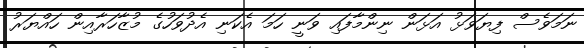
ނަމަވެސް ފިޔަވަޅު އަޅަން ނިންމާފައި ވަނީ ހަމަ އެކަނި އެދުވަހުގެ މުޒާހަރާއިން ހައްްޔަރު